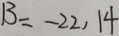
B = - 2 2 , 1 4